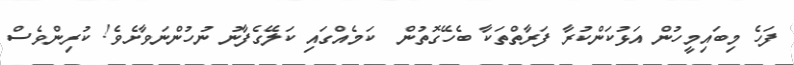
ފަހެ މިބައިމީހުން އަޅުކަންކުރާ ފަރާތްތަކާ ބެހޭގޮތުން  ކަމެއްގައި ކަލޭގެފާނު ނުހުންނަވާށެވެ! ކުރިންވެސް